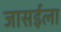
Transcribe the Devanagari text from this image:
जासईला